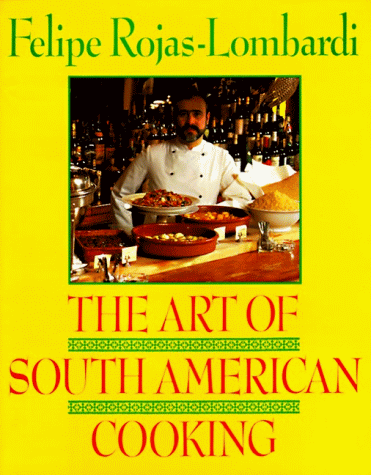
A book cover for Art of South American Cooking; Felipe Rojas-Lombar; Cookbooks, Food & Wine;